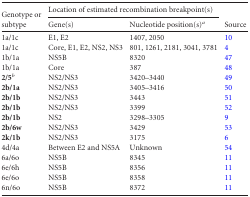
<table><thead><tr><td rowspan="2"><b>Genotype or subtype</b></td><td colspan="2"><b>Location of estimated recombination breakpoint(s)</b></td><td rowspan="2"><b>Source</b></td></tr><tr><td><b>Gene(s)</b></td><td><b>Nucleotide position(s)<sup><i>a</i></sup></b></td></tr></thead><tbody><tr><td>1a/1c</td><td>E1, E2</td><td>1407, 2050</td><td>10</td></tr><tr><td>1a/1c</td><td>Core, E1, E2, NS2, NS3</td><td>801, 1261, 2181, 3041, 3781</td><td>4</td></tr><tr><td>1b/1a</td><td>NS5B</td><td>8320</td><td>47</td></tr><tr><td>1b/1a</td><td>Core</td><td>387</td><td>48</td></tr><tr><td><b>2/5</b><sup><i>b</i></sup></td><td>NS2/NS3</td><td>3420–3440</td><td>49</td></tr><tr><td><b>2b/1a</b></td><td>NS2/NS3</td><td>3405–3416</td><td>50</td></tr><tr><td><b>2b/1b</b></td><td>NS2/NS3</td><td>3443</td><td>51</td></tr><tr><td><b>2b/1b</b></td><td>NS2/NS3</td><td>3399</td><td>52</td></tr><tr><td><b>2b/1b</b></td><td>NS2</td><td>3298–3305</td><td>9</td></tr><tr><td><b>2b/6w</b></td><td>NS2/NS3</td><td>3429</td><td>53</td></tr><tr><td><b>2k/1b</b></td><td>NS2/NS3</td><td>3175</td><td>6</td></tr><tr><td>4d/4a</td><td>Between E2 and NS5A</td><td>Unknown</td><td>54</td></tr><tr><td>6a/6o</td><td>NS5B</td><td>8345</td><td>11</td></tr><tr><td>6e/6h</td><td>NS5B</td><td>8356</td><td>11</td></tr><tr><td>6e/6o</td><td>NS5B</td><td>8358</td><td>11</td></tr><tr><td>6n/6o</td><td>NS5B</td><td>8372</td><td>11</td></tr></tbody></table>